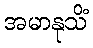
အမာနုသိံ